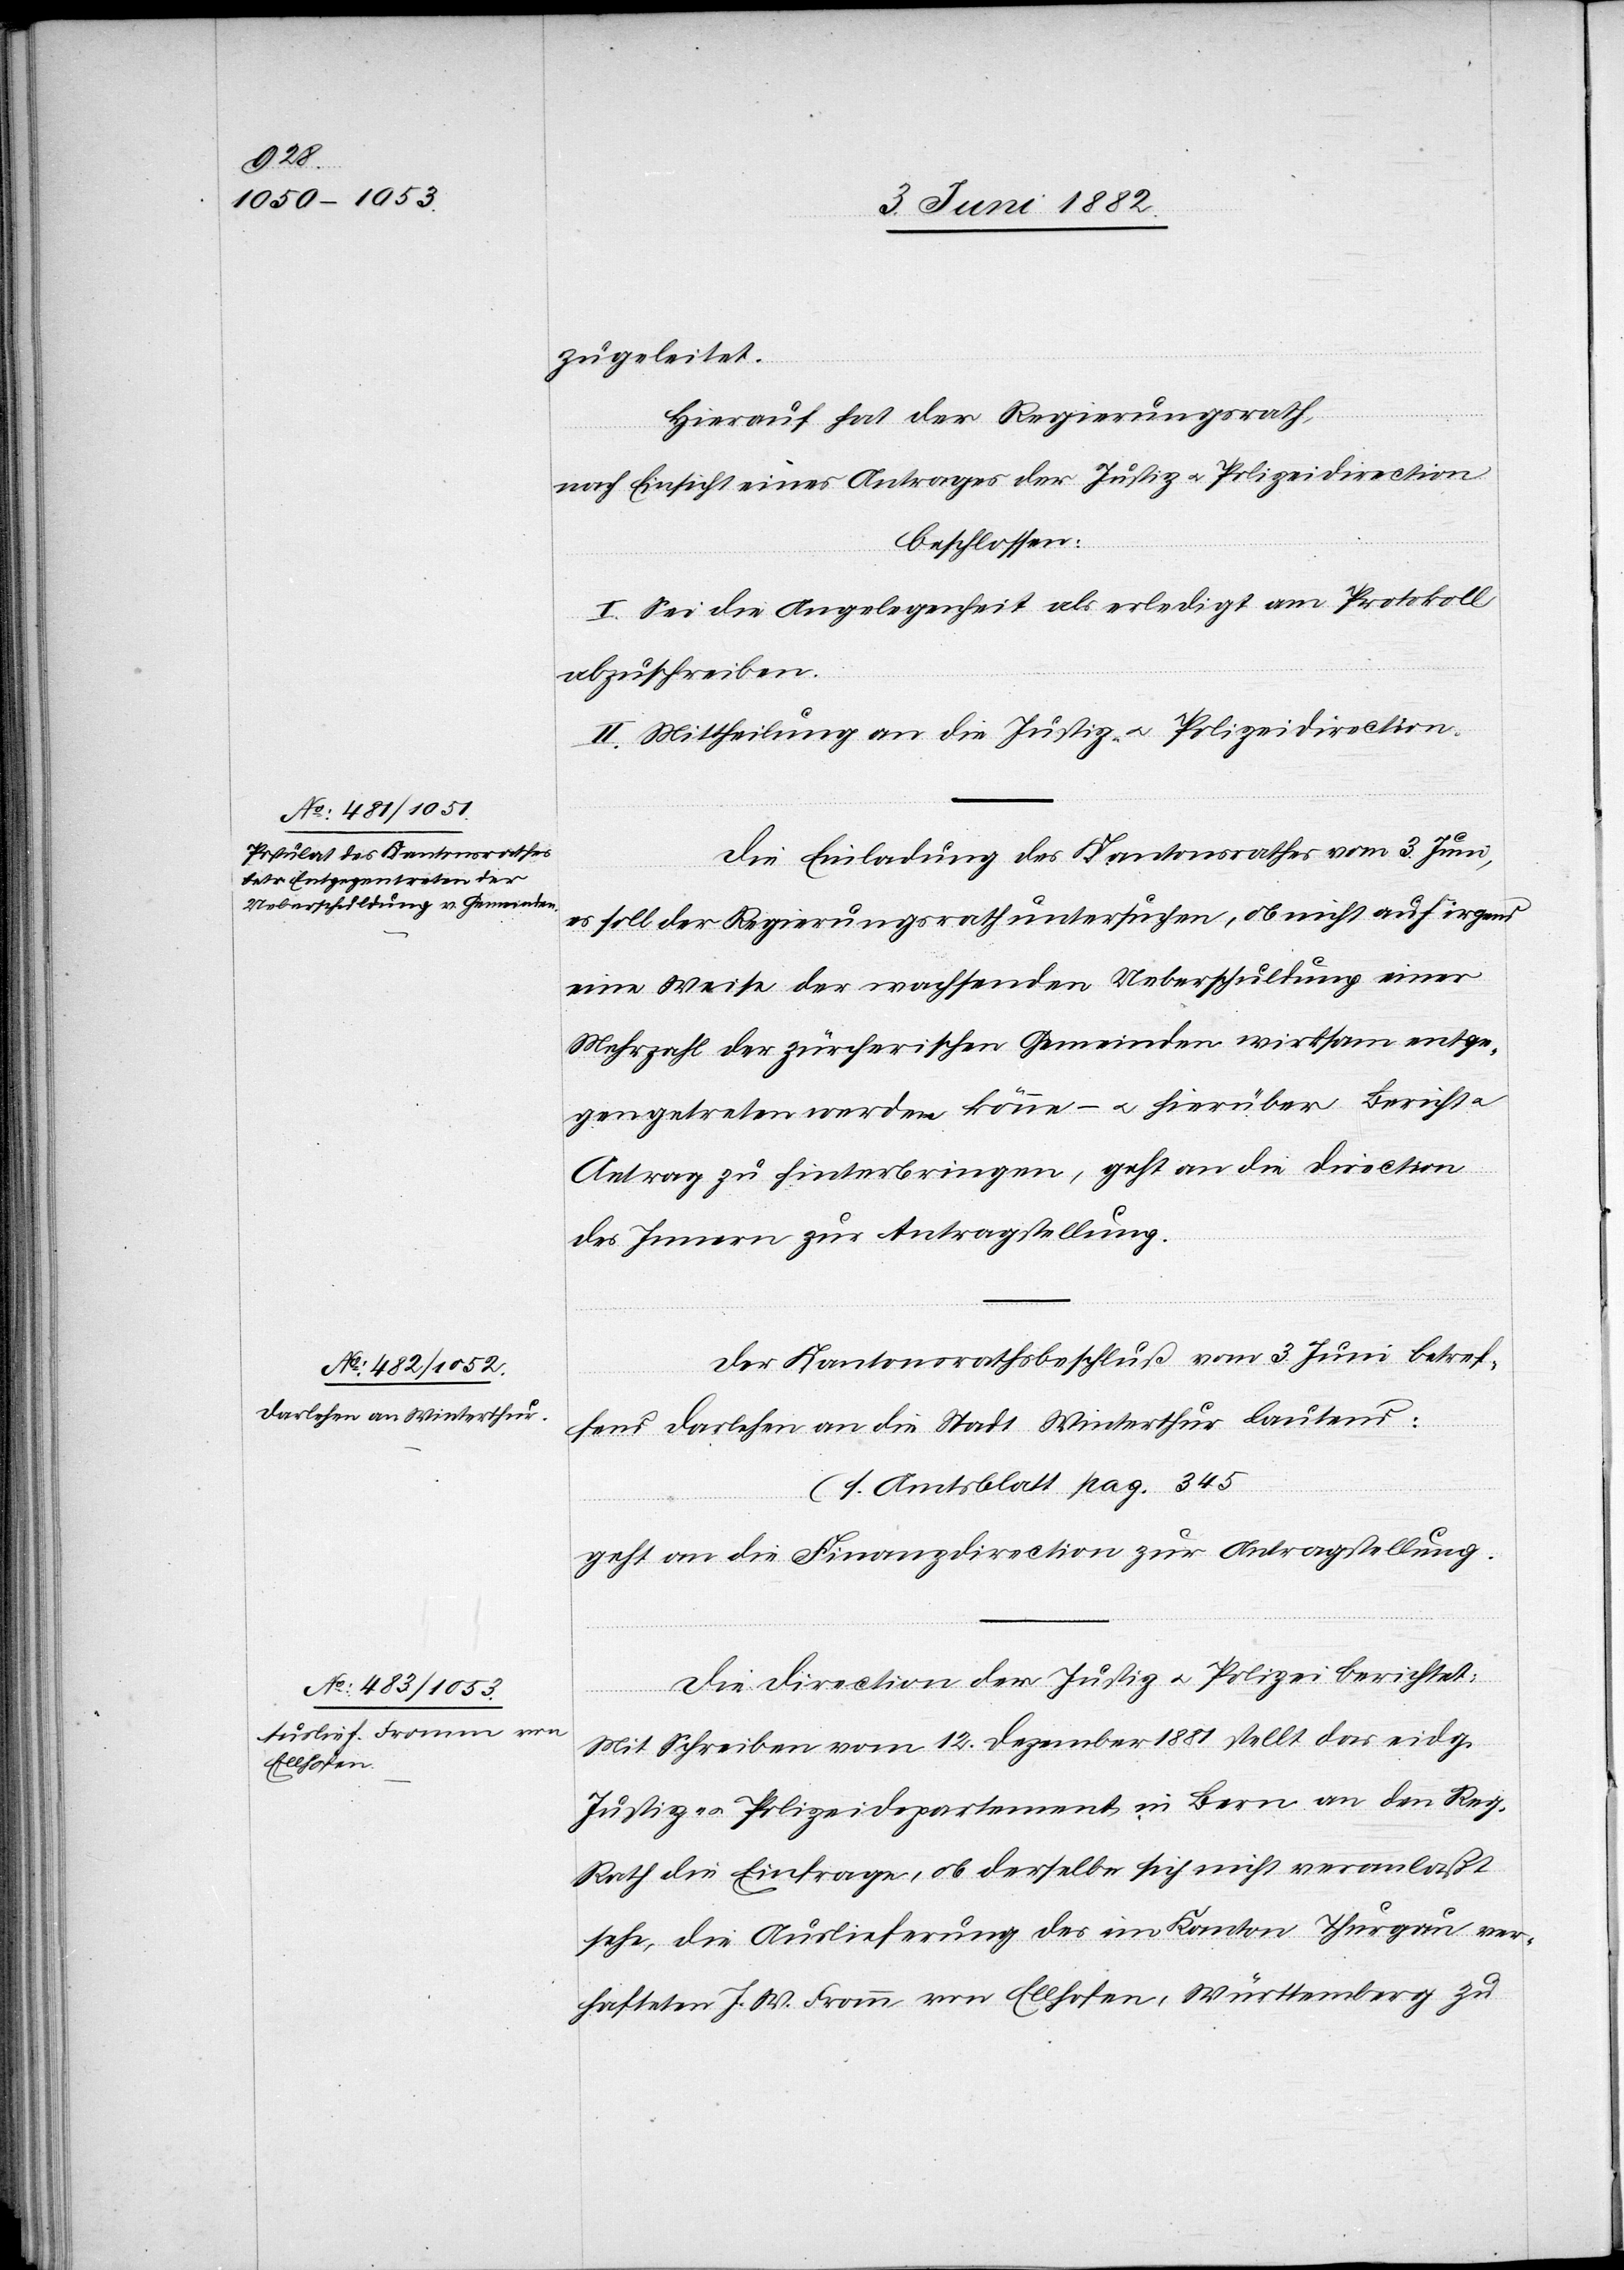
zugeleitet.
Hierauf hat der Regierungsrath,
nach Einsicht eines Antrages der Justiz- u. Polizeidirection,
beschlossen:
I. Sei die Angelegenheit als erledigt am Protokoll
abzuschreiben.
II. Mittheilung an die Justiz- u. Polizeidirection.
Die Einladung des Kantonsrathes vom 3. Juni,
es soll der Regierungsrath untersuchen, ob nicht auf irgend
eine Weise der wachsenden Ueberschuldung einer
Mehrzahl der zürcherischen Gemeinden wirksam entge¬
gengetreten werden könne – u. hierüber Bericht
Antrag zu hinterbringen, geht an die Direction
des Innern zur Antragstellung.
Der Kantonsrathsbeschluß vom 3. Juni betref¬
fend Darlehen an die Stadt Winterthur lautend:
(s. Amtsblatt pag. 345)
geht an die Finanzdirection zur Antragstellung.
Die Direction der Justiz u. Polizei berichtet:
Mit Schreiben vom 12. Dezember 1881 stellt das eidg.
Justiz- u. Polizeidepartement in Bern an den Reg.
Rath die Einfrage, ob derselbe sich nicht veranlaßt
sehe, die Auslieferung des im Kanton Thurgau ver¬
hafteten J. W. Fromm, von Ellhofen, Württemberg zu